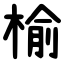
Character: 榆